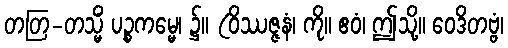
တတြ-တသ္မိံ ပဉ္စကမ္မေ၊ ၌။ (ဝိဿဇ္ဇနံ၊ ကို။ ဧဝံ၊ ဤသို့။ ဝေဒိတဗ္ဗံ၊